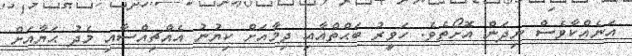
އަނެއްކާވެސް ނިދަން އޮށޯތެވެ. ހަވީރު ބަޙްތްއާއި ދިމާއަށް ކިޔުނު އެއްޗިއްސާއި މެދު ޙަޔާއަށް